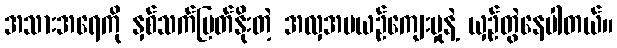
အသားအရေကို နှစ်သက်မြတ်နိုးတဲ့ အလှအပယဉ်ကျေးမှုနဲ့ ယှဉ်တွဲနေပါတယ်။